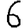
Digit: 6